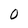
Character: 0